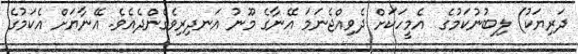
ދަރިޔަކު) ލިބުނުކަމުގެ  އެމީހަކަށް ދެވިއްޖެނަމަ އޭނާގެ މޫނު އަނދިރިވެގެންދެއެވެ. އޭނާޔަށް އެކަމުގެ